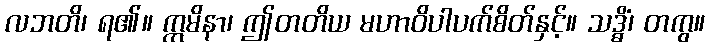
လဘတိ၊ ရ၏။ ဣမိနာ၊ ဤတတိယ မဟာဝိပါပက်စိတ်နှင့်။ သဒ္ဓိံ၊ တကွ။